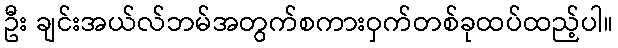
ဦး ချင်းအယ်လ်ဘမ်အတွက်စကားဝှက်တစ်ခုထပ်ထည့်ပါ။